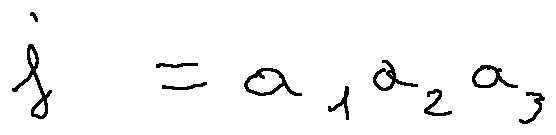
j = a _ { 1 } a _ { 2 } a _ { 3 }